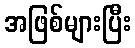
အဖြစ်များပြီး